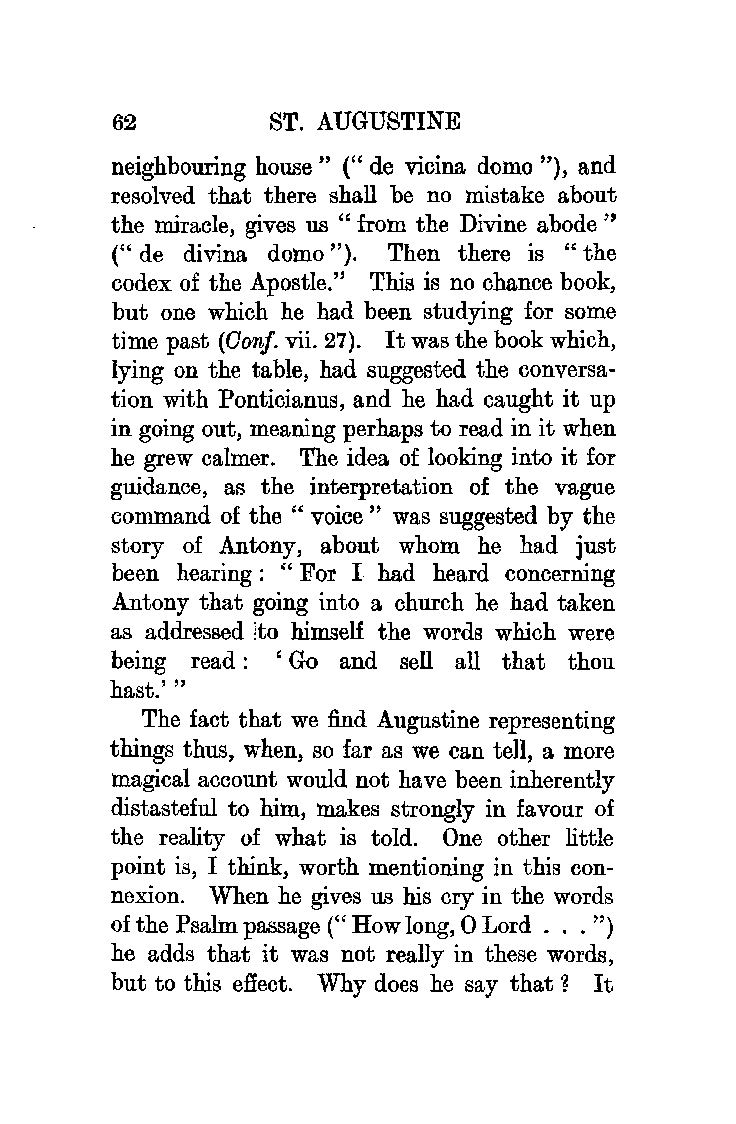
62        ST. AUGUSTINE
 neighbouring house" (" de vicina dom.o "), and
 resolved that there shall be no mistake about
 the miracle, gives us "from the Divine abode"
 (" de divina domo "). Then there is "the
 codex of the Apostle." This is no chance book,
 but one which he had been studying for some
 time past (Oonf. vii. 27). It was the book which,
 lying on the table, had suggested the conversa
 tion with Ponticianus, and he had caught it up
 in going out, meaning perhaps to read in it when
 he grew calmer. The idea of looking into it for
 guidance, as the interpretation of the vague
 command of the " voice " was suggested by the
 story of Antony, about whom he had just
 been hearing : " For I had heard concerning
 Antony that going into a church he had taken
 as addressed lto himself the words which were
 being read : ' Go and sell all that thou
 hast.'"
 The fact that we find Augustine representing
 things thus, when, so far as we can tell, a more
 magical account would not have been inherently
 distasteful to him, makes strongly in favour of
 the reality of what is told. One other little
 point is, I think, worth mentioning in this con
 nexion. When he gives us his cry in the words
 of the Psalm passage(" How long, 0 Lord ... ")
 he adds that ·i t was not really in these words,
 but to this effect. Why does he say that ? It